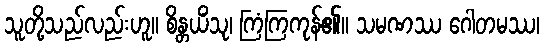
သူတို့သည်လည်းဟူ။ စိန္တယိံသု၊ ကြံကြကုန်၏။ သမဏဿ ဂေါတမဿ၊